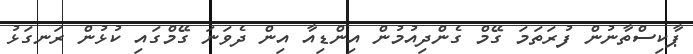
ޕާކިސްތާނުން ފުރަތަމަ ގޭމް ގެންދިއުމުން އިންޑިއާ އިން ދެވަނަ ގޭމްގައި ކުޅުން ރަނގަޅު